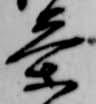
茶